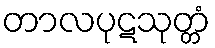
တာလပုဋသုတ္တံ